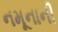
નમૂનાની